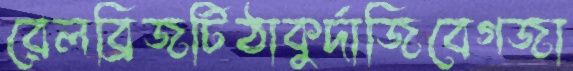
রেলব্রিজটিঠাকুর্দাজিবেগজা